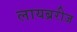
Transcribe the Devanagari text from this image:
लायब्ररीज